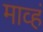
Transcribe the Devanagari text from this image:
माव्हं